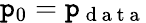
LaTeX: \mathtt{p}_{0}=\mathtt{p}_{\mathrm{{~d~a~t~a~}}}